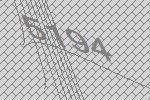
5194